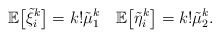
\begin{align*} \mathbb E \bigl[\tilde\xi_i^k\bigr]=k!\tilde\mu_1^k \quad \mathbb E \bigl[\tilde\eta_i^k\bigr]=k!\tilde\mu_2^k.\end{align*}